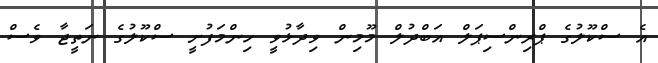
އެ ސްކޫލުގެ ޕްރިންސިޕަލް އަބްދުލް މޫމިން ވިދާޅުވީ ހިންމަފުށީ ސްކޫލުގެ ނަތީޖާ ވެސް